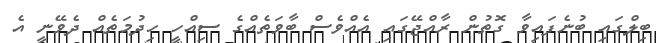
ބިލްގައި ބުނެފައިވާ ގޮތުން ރާއްޖޭގައި އެއްވެސް ބާވަތެއްގެ ސިއްހީ ހިދުމަތެއް ދެވޭނީ އެ